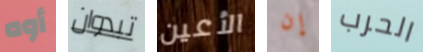
أوه تبدوان الأعين إن الحرب